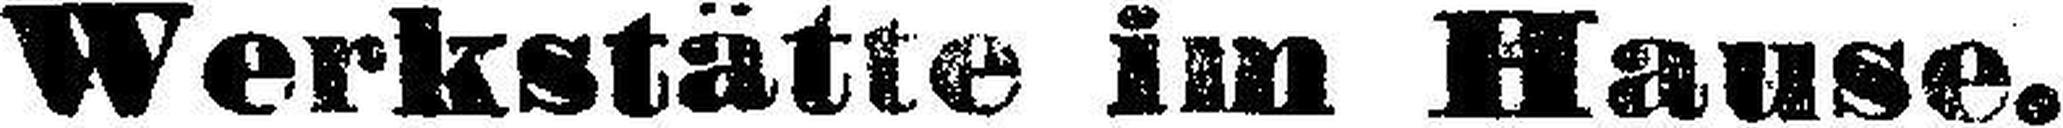
Werkstätte im Hause.